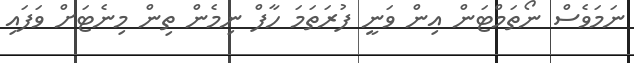
ނަމަވެސް ނޯތަމްޓަން އިން ވަނީ ފުރަތަމަ ހާފް ނިމެން ތިން މިނެޓަށް ވަފައި